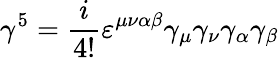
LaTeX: \gamma^{5}={\frac{i}{4!}}\varepsilon^{\mu\nu\alpha\beta}\gamma_{\mu}\gamma_{\nu}\gamma_{\alpha}\gamma_{\beta}